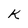
Character: K